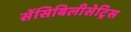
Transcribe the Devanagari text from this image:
सेंसिबिलीसेट्रिस